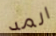
المد